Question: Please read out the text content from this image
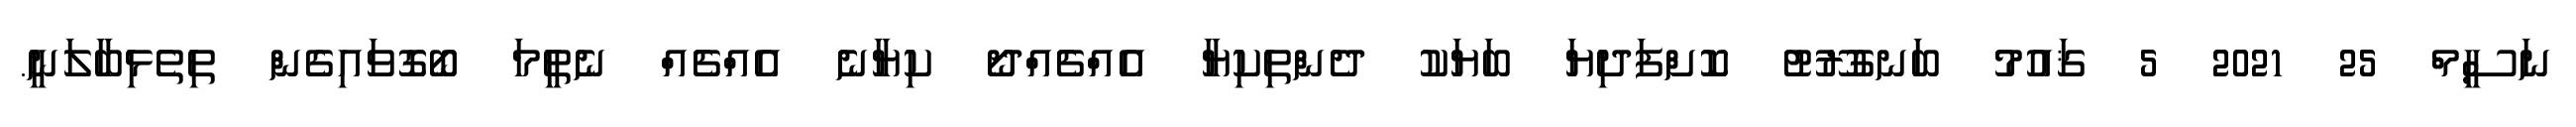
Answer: ނަސީމް 25 2021 5 ޤައުމު ބަނގުރޫޓު ކޮށްފަދިޔަ ބަޔަކު ދެންތިކިޔާ އެއްޗެއްދޯ ކިޔާނެ އެއްޗެއް ނެތީމަ ބޯގޮވައިގެން ތިތެޅިބާލަނީ.